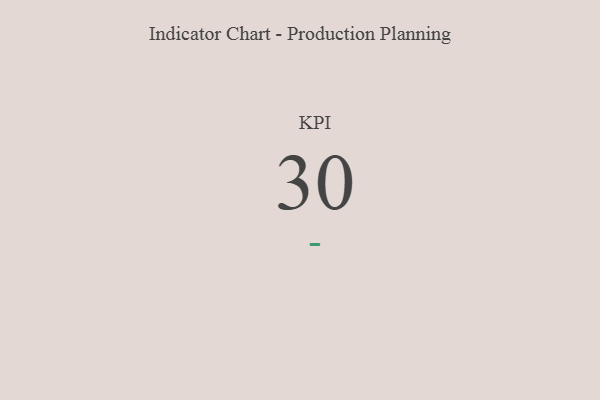
{"axis": {"x": "KPI", "y": "Value"}, "legend": [""], "data": [{"x": "KPI", "y": 30, "type": ""}]}